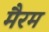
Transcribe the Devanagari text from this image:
मैरम